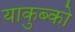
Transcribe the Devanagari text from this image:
याकुब्को